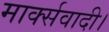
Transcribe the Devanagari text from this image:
मार्क्सवादी।